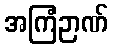
အကြံဉာဏ်